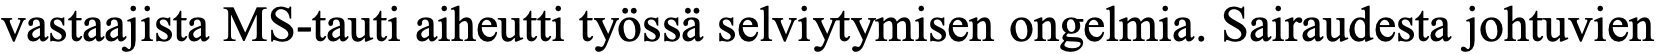
vastaajista MS-tauti aiheutti työssä selviytymisen ongelmia. Sairaudesta johtuvien